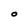
Character: O